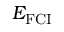
E _ { \mathrm { F C I } }